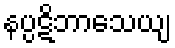
နပ္ပဋိဘာသေယျ